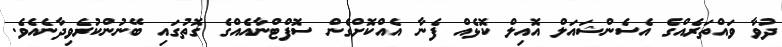
ދުވާ ވައްތަރެއްގެ އެސެންޝައަލް އޮއިލް ކޮޅެއް ފެނާ އެއްކޮށްގެން ސޮފްޓްނާއެއްގެ ގޮތުގައި ބޭނުންކުރެވިދާނެއެވެ.